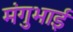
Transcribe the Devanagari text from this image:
मंगुभाई